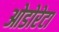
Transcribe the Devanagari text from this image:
ओडोरेटा